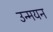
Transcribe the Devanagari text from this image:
उन्मयन